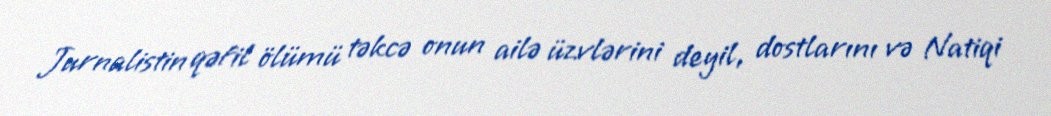
Jurnalistin qəfil ölümü təkcə onun ailə üzvlərini deyil, dostlarını və Natiqi